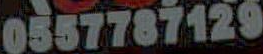
0557787129